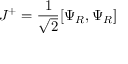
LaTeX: J ^ { + } = { \frac { 1 } { \sqrt 2 } } [ \Psi _ { R } , \Psi _ { R } ]